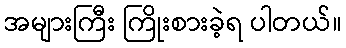
အများကြီး ကြိုးစားခဲ့ရ ပါတယ်။